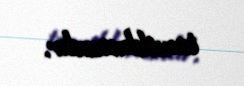
tanıdılmasıdır.